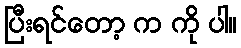
ပြီးရင်တော့ က ကို ပါ။